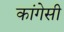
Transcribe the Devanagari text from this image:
कांगेसी